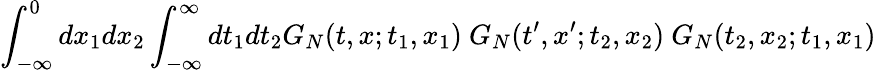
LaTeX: \int_{-\infty}^{0}dx_{1}dx_{2}\int_{-\infty}^{\infty}dt_{1}dt_{2}G_{N}(t,x;t_{1},x_{1})~G_{N}(t^{\prime},x^{\prime};t_{2},x_{2})~G_{N}(t_{2},x_{2};t_{1},x_{1})